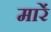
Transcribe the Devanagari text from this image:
मारेंं